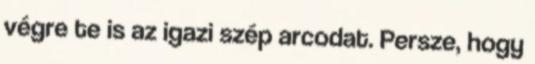
végre te is az igazi szép arcodat. Persze, hogy